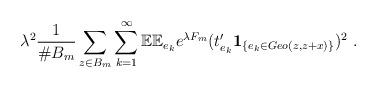
LaTeX: \begin{align*}\lambda^2 \frac{1}{\# B_m} \sum_{z\in B_m} \sum_{k=1}^\infty \mathbb{E} \mathbb{E}_{e_k} e^{\lambda F_m} (t_{e_k}' \mathbf{1}_{\{e_k \in Geo(z,z+x)\}})^2\ .\end{align*}